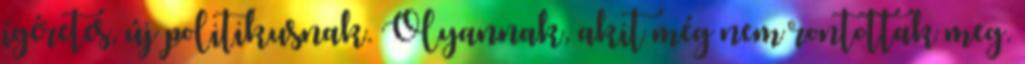
ígéretes, új politikusnak. Olyannak, akit még nem rontottak meg.